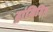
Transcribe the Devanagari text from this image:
ट्रांजिटिव